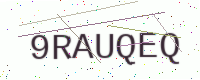
Text: 9RAUQEQ